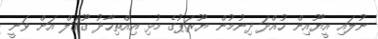
ނުލައި އީޔޫއިން ހުއްދަ ދިނުމުން ޔޫރަޕުގެ މުޅި އިއްތިހާދު ގޫގަލް އަށް ވަނީ